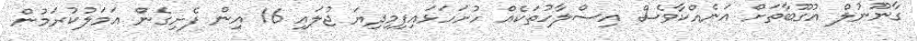
ގާނޫނުލް އުގޫބާތަށް އަނެއްކާވެސް އިސްލާހުތަކެއް ހުށަހަޅައިފިމިދިޔަ ޖުލައި 16 އިން ފެށިގެން އަމަލުކުރަމުން